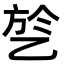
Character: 乻